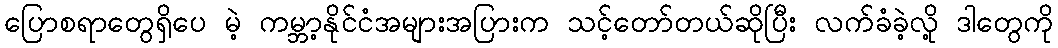
ပြောစရာတွေရှိပေ မဲ့ ကမ္ဘာ့နိုင်ငံအများအပြားက သင့်တော်တယ်ဆိုပြီး လက်ခံခဲ့လို့ ဒါတွေကို